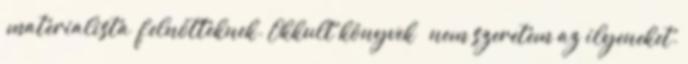
„materialista” felnőtteknek. Okkult könyvek – nem szeretem az ilyeneket.